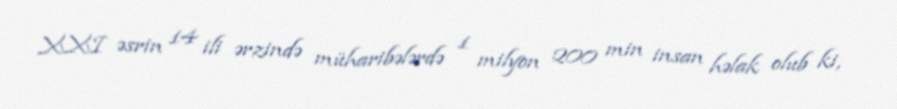
XXI əsrin 14 ili ərzində müharibələrdə 1 milyon 200 min insan həlak olub ki,